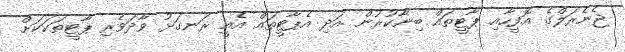
ޖެނެރަލްގެ އޮފީހާއި ޕާޓީތައް ބިނާކުރުން .އަދި އެޕާޓީތައް އެއީ ރަނގަޅު ވާދަވެރި ޕާޓީތަކަކަށް